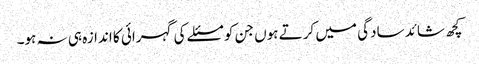
کچھ شائد سادگی میں کرتے ہوں جن کو مسئلے کی گہرائی کا اندازہ ہی نہ ہو۔